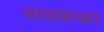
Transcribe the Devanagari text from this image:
बावन्नाव्या